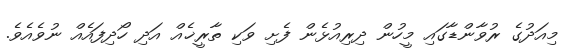
މިއަދުގެ ރުވާންޑާގައި މީހުން ދިރިއުޅެން ފެށި ވަކި ތާރީޚެއް އަދި ހޯދިފައެއް ނުވެއެވެ.